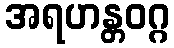
အရဟန္တဝဂ္ဂ